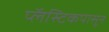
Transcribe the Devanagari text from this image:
प्लॅस्टिकपासून